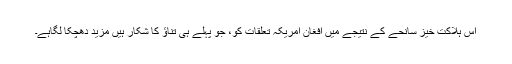
اس ہلاکت خیز سانحے کے نتیجے میں افغان امریکہ تعلقات کو، جو پہلے ہی تناؤ کا شکار ہیں مزید دھچکا لگاہے۔